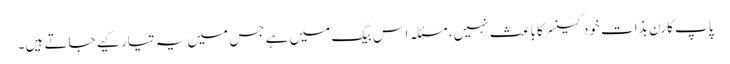
پاپ کارن بذات خود کینسر کا باعث نہیں، مسئلہ اس بیگ میں ہے جس میں یہ تیار کیے جاتے ہیں۔